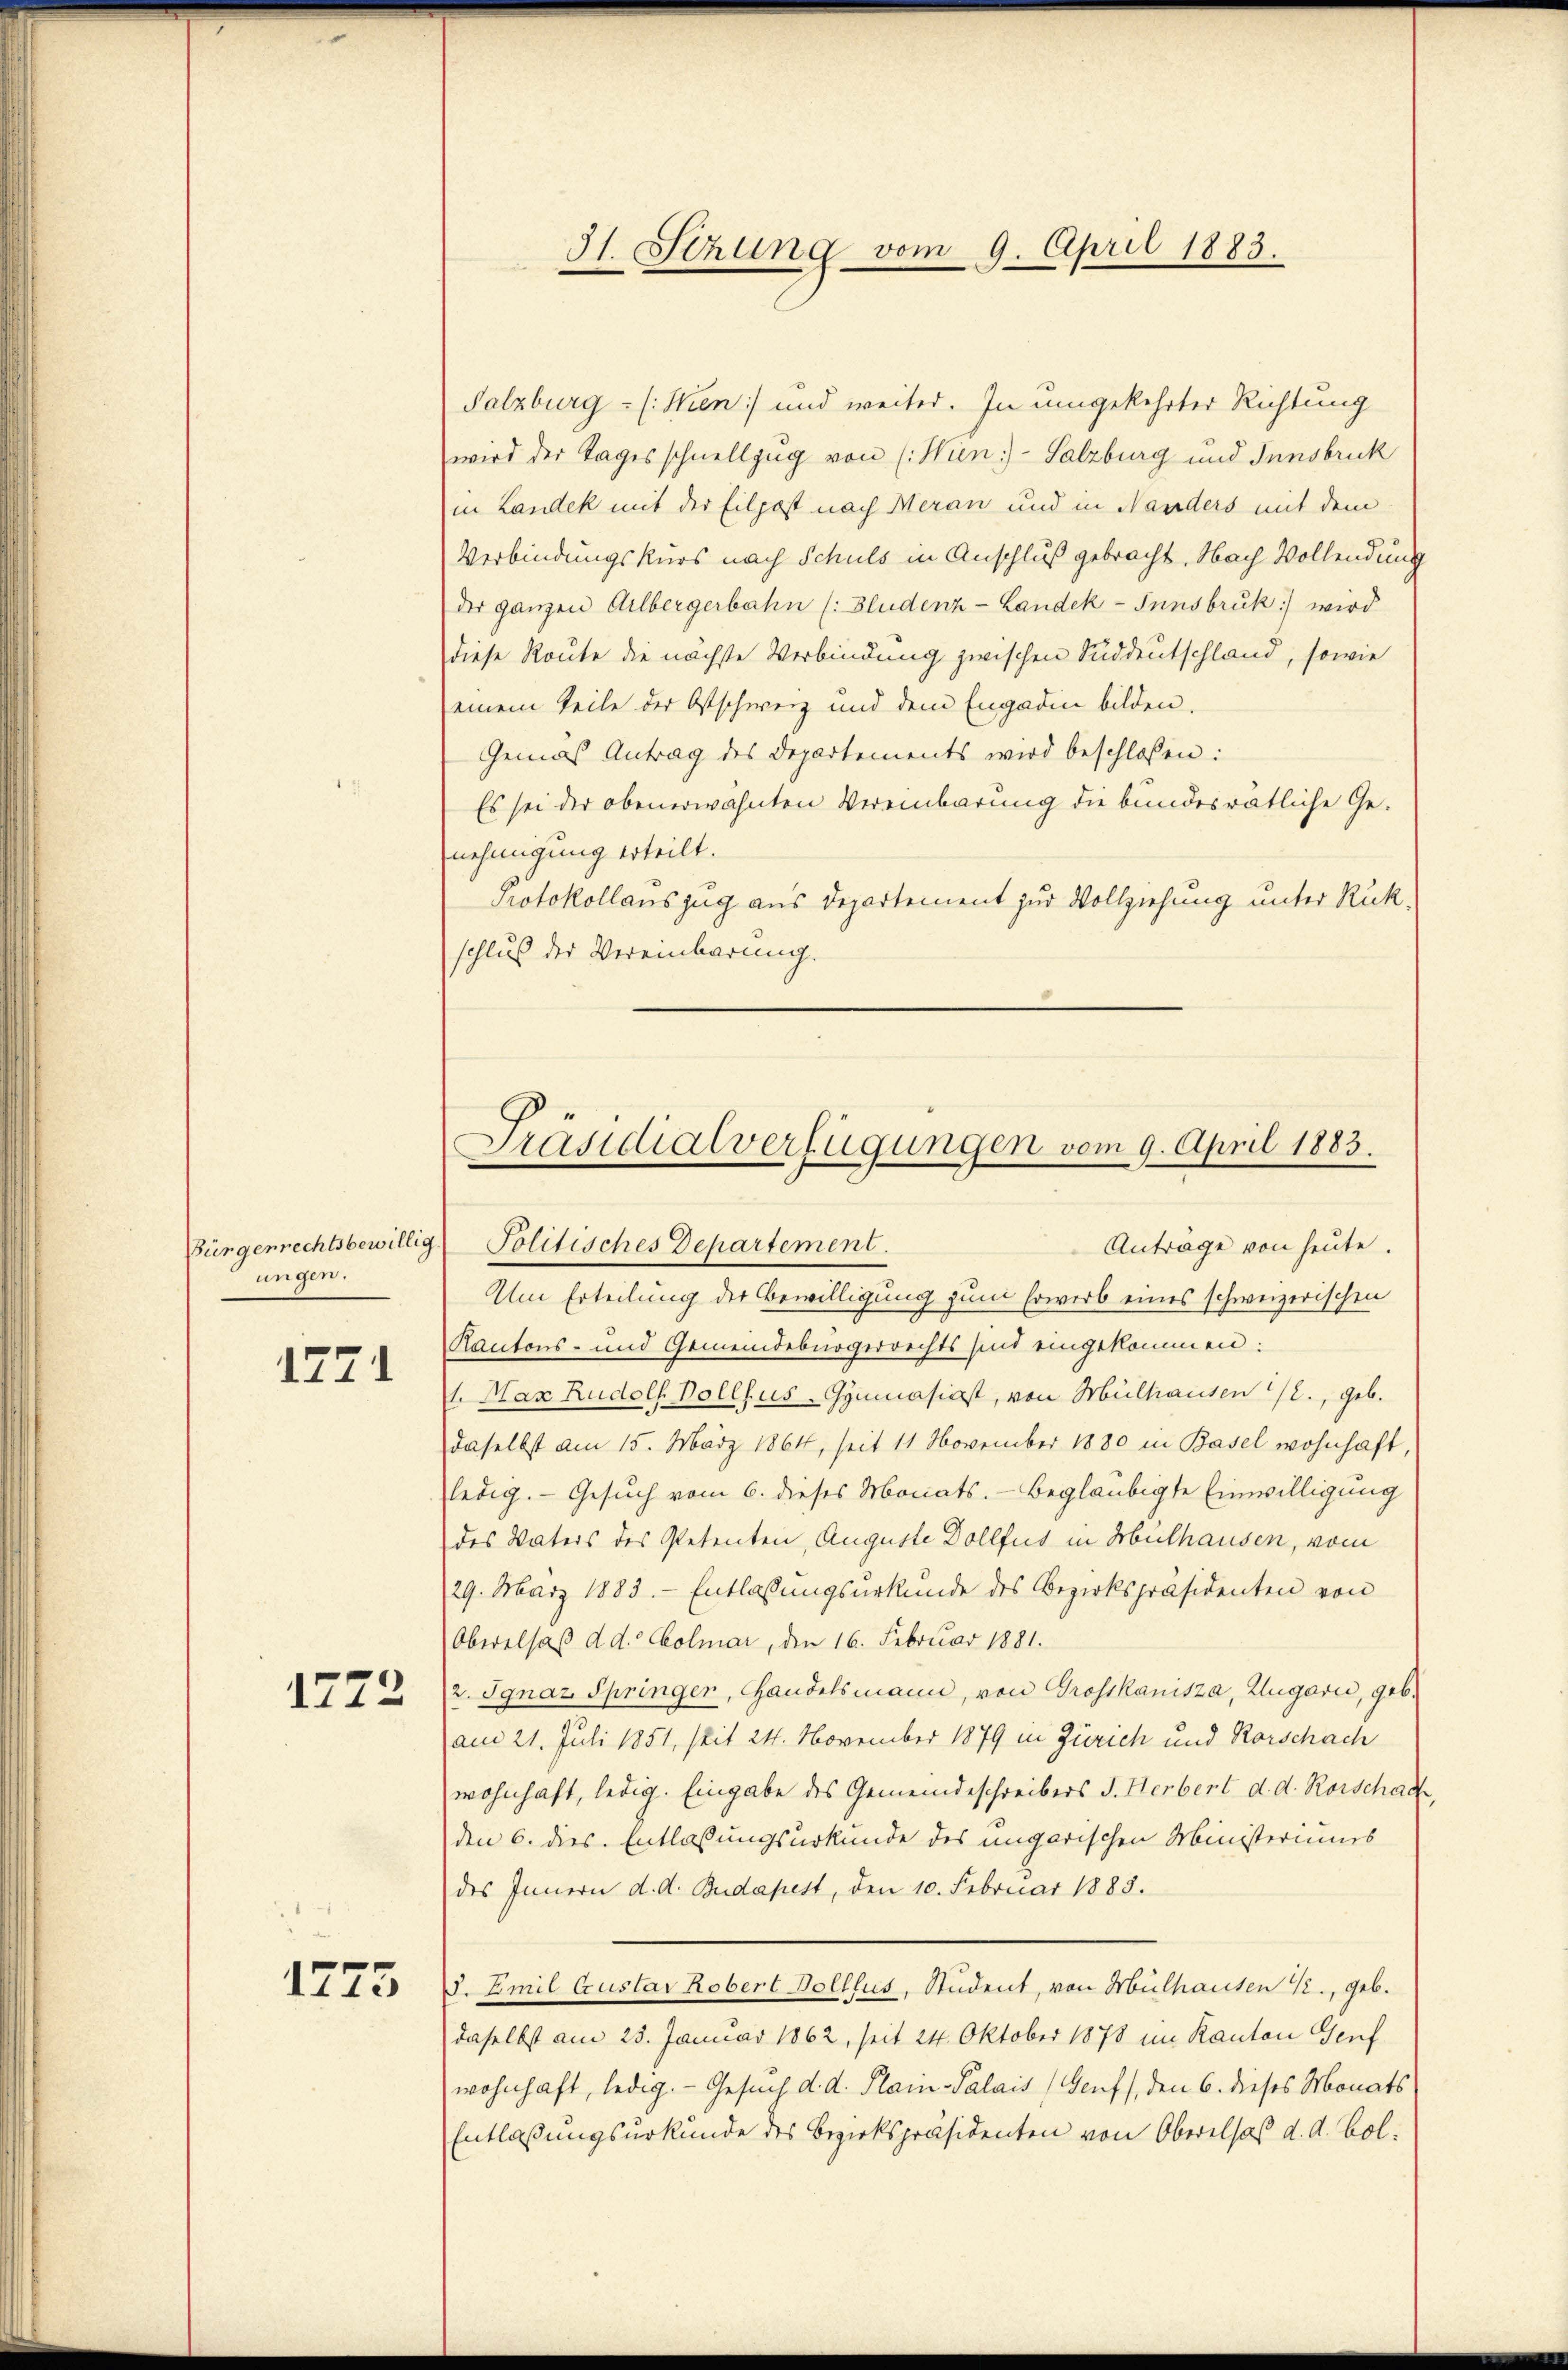
Bürgenrechtsbewillig.
ungen.

1771

1773

1775

Salzburg - (: Stien und weiter. In umgekehrter Richtung
wird der Tages schnellzug von (Wien)- Salzburg und Innsbruck
in Landek mit der Eilpost nach Meran und in Nanders mit dem
Verbindungskurs nach Schuls in Anschluß gebracht. Nach Vollendung
der ganzen Arlbergerbahn (Bludenz- Landek -Innsbruck) wird
diese Route die nächste Verbindung zwischen Süddeutschland, sowie
einem Teile der Ostschweiz und dem Engadin bilden.
Gemäß Antrag des Departements wird beschlossen:
Es sei der obenerwähnten Vereinbarung die bundesrätliche Genehmigung erteilt.
Protokollauszug aus Departement zur Vollziehung unter Rükschluß der Vereinbarung.

I1. Stzung vom 9. April 1883.

Präsidialverfügungen vom 9. April 1883.
Politisches Departement.
Anträge von heute.

Um Erteilung der Bewilligung zum Erwerb eines schweizerischen
Kantons- und Gemeindebürgerrechts sind eingekommen:
1. Max Rudolf Vollzus. Gymnasiast, von Mülhausen /2., geb.
daselbst am 15. März 1864, seit 11 November 1880 in Basel wohnhaft,
ledig. Gesuch vom 6. dieses Monats. beglaubigte Einwilligung
des Vaters des Petenten, Auguste Dollfus in Mülhausen, vom
29. März 1883. Entlassungsurkunde des Bezirkspräsidenten von
Oberalsaß d. d. Colmar, den 16. Februar 1881.
2. Ignaz Springer, Handelsmann, von Grosskanisza, Zugarić, geb.
am 21. Juli 1851, seit 24. November 1879 in Zürich und Rorschach
wohnhaft, ledig. Eingabe des Gemeindeschreibers J. Herbert d. d. Rorschad
den 6. dies. Entlassungsurkunde des ungarischen Ministeriums
des Innern d. d. Budapest, den 10. Februar 1883.
. Emil Coustav Kobert Dolllus, Student, von Mülhausen K., geb.
daselbst am 25. Januar 1862, seit 24. Oktober 1878 im Kanton Genf
wohnhaft, ledig. - Gesuch d. d. Plain Palais (Genf), den 6. dieses Monats
Entlaßungsurkunde des Bezirkspräsidenten von Oberelsaß d. d. Bol.